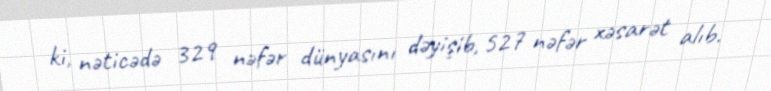
ki, nəticədə 329 nəfər dünyasını dəyişib, 527 nəfər xəsarət alıb.